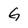
Character: G